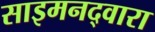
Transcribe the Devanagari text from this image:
साइमनद्वारा